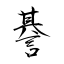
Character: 諅